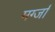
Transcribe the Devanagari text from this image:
मर्ग्जा